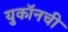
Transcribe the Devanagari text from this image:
युकॉनची